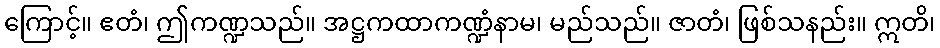
ကြောင့်။ ဧတံ၊ ဤကဏ္ဍသည်။ အဋ္ဌကထာကဏ္ဍံနာမ၊ မည်သည်။ ဇာတံ၊ ဖြစ်သနည်း။ ဣတိ၊